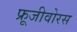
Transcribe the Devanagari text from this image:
फ्रूजीवोरस